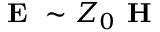
\textbf { E } \sim Z _ { 0 } \textbf { H }